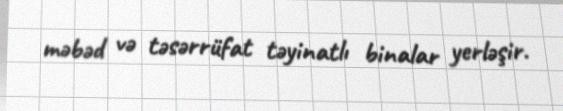
məbəd və təsərrüfat təyinatlı binalar yerləşir.